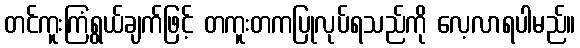
တင်ကူးကြံရွယ်ချက်ဖြင့် တကူးတကပြုလုပ်ရသည်ကို လေ့လာရပါမည်။